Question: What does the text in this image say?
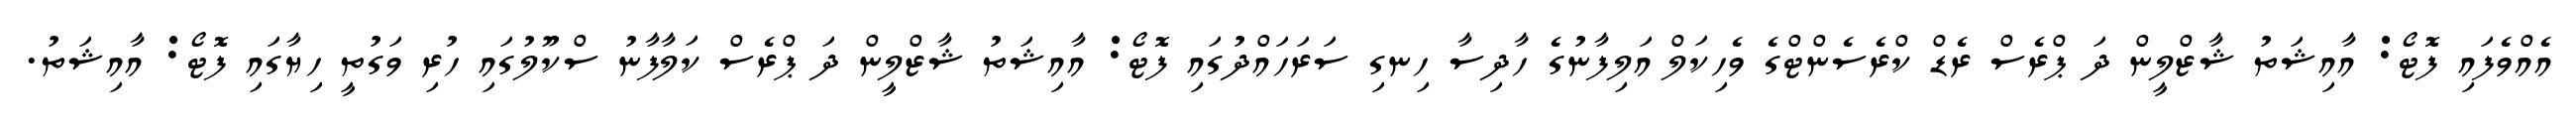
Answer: އެއްވެފައި ފޮޓޯ: އާއިޝަތު ޝާޒްލީން ދަ ޕްރެސް ރެޑް ކްރެސެންޓްގެ ވެހިކަލް އަލިފާނުގެ ހާދިސާ ހިނގި ސަރަހައްދުގައި ފޮޓޯ: އާއިޝަތު ޝާޒްލީން ދަ ޕްރެސް ކަލާފާނު ސްކޫލުގައި ހުރި ވަގުތީ ހިޔާގައި ފޮޓޯ: އާއިޝަތު.